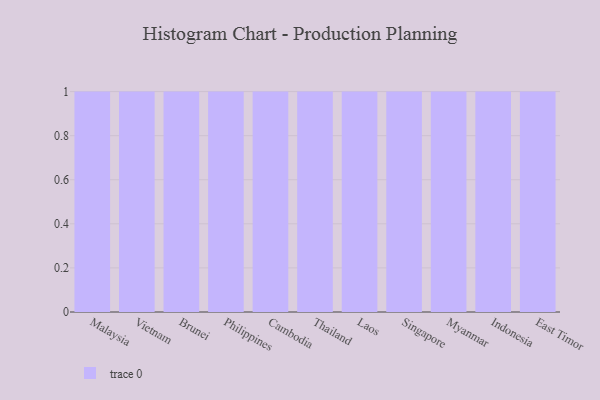
{"axis": {"x": "Country", "y": "Churn Rate (%)"}, "legend": [""], "data": [{"x": "Malaysia", "y": 55, "type": ""}, {"x": "Vietnam", "y": 89, "type": ""}, {"x": "Brunei", "y": 60, "type": ""}, {"x": "Philippines", "y": 89, "type": ""}, {"x": "Cambodia", "y": 11, "type": ""}, {"x": "Thailand", "y": 93, "type": ""}, {"x": "Laos", "y": 12, "type": ""}, {"x": "Singapore", "y": 87, "type": ""}, {"x": "Myanmar", "y": 99, "type": ""}, {"x": "Indonesia", "y": 12, "type": ""}, {"x": "East Timor", "y": 42, "type": ""}]}